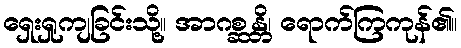
ရှေးရှုကျခြင်းသို့။ အာဂစ္ဆန္တိ၊ ရောက်ကြကုန်၏။